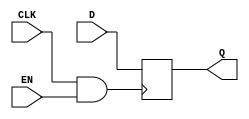
module clock_gated_memory (
    input wire CLK,          // Main clock signal
    input wire EN,           // Enable signal for clock gating
    input wire [7:0] D,      // Data input for the memory
    output reg [7:0] Q       // Data output from the memory
);

// Internal clock signal after gating
wire gated_clk;

// AND gate for clock gating
assign gated_clk = CLK & EN;

// Memory storage (example: a register)
always @(posedge gated_clk) begin
    Q <= D; // Capture data on the rising edge of the gated clock
end

endmodule